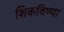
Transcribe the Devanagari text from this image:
शिकविण्या